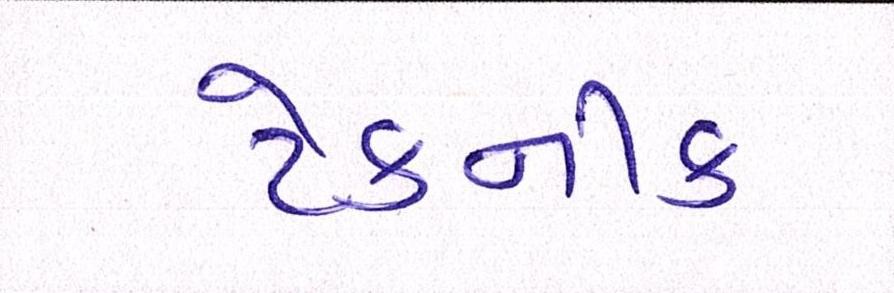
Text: ટેકનીક